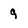
Character: 9